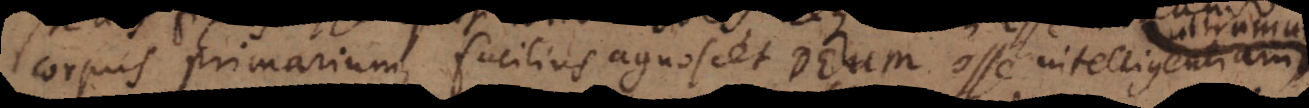
corpus primarium, facilius agnoscet Deum esse intelligentia